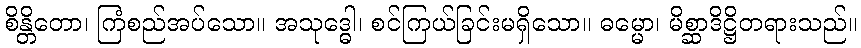
စိန္တိတော၊ ကြံစည်အပ်သော။ အသုဒ္ဓေါ၊ စင်ကြယ်ခြင်းမရှိသော။ ဓမ္မော၊ မိစ္ဆာဒိဋ္ဌိတရားသည်။